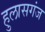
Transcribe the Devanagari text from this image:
हुलासगंज